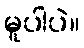
မူပါပဲ။